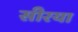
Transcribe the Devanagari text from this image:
सीरया